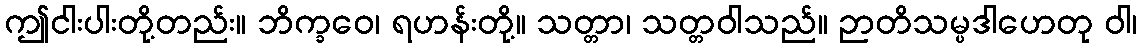
ဤငါးပါးတို့တည်း။ ဘိက္ခဝေ၊ ရဟန်းတို့။ သတ္တာ၊ သတ္တဝါသည်။ ဉာတိသမ္ပဒါဟေတု ဝါ၊